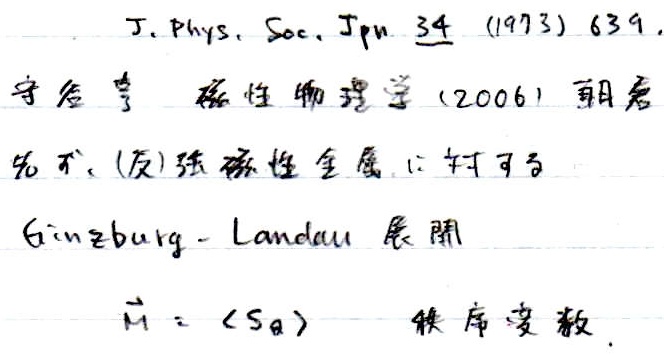
J. Phys. Soc. Jpn. 34 (1973) 639.

守谷亨 磁性物理学 (2006) 朝倉

先ず、(反)強磁性金属における

Ginzburg - Landau 展開

\(\vec{M}=\langle S_a\rangle\)  磁気秩序数

\[
\begin{align*}
&无具体公式需在此处呈现\\
\end{align*}
\]